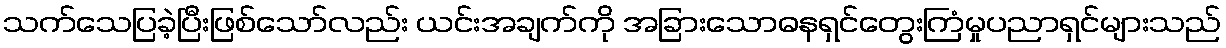
သက်သေပြခဲ့ပြီးဖြစ်သော်လည်း ယင်းအချက်ကို အခြားသောဓနရှင်တွေးကြံမှုပညာရှင်များသည်